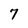
Character: 7